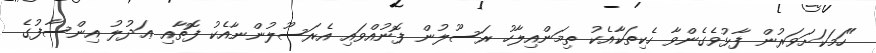
"ހަމަކަށަވަރުން ފާޅުވެގެންވާ ހެކިތަކާއެކު ތިމަންއިލާހު ރަސޫލުން ފޮނުއްވައި އެރަސޫލުންނާއެކު ފޮތާއި ޢަދުލު އިންސާފުގެ